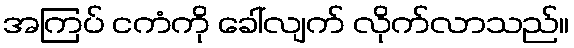
အကြပ် ငကံကို ခေါ်လျက် လိုက်လာသည်။